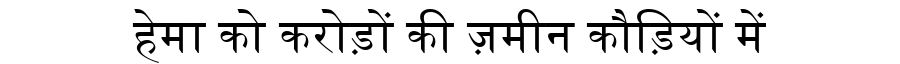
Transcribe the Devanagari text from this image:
हेमा को करोड़ों की ज़मीन कौड़ियों में